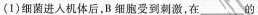
(1)细菌进入机体后，B细胞受到刺激，在___的